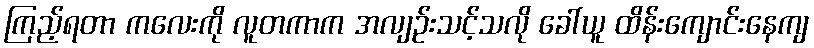
ကြည့်ရတာ ကလေးကို လူတကာက အလျဉ်းသင့်သလို ခေါ်ယူ ထိန်းကျောင်းနေကျ